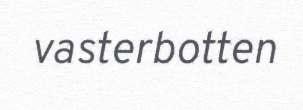
vasterbotten